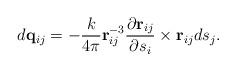
LaTeX: \begin{align*}d\mathbf{q}_{ij} = -\frac{k}{4\pi}\mathbf{r}^{-3}_{ij}\frac{\partial \mathbf{r}_{ij}}{\partial s_{i}}\times \mathbf{r}_{ij}ds_{j}.\end{align*}